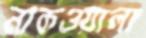
নাকওয়ালা